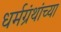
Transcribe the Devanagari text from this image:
धर्मग्रंथांच्या